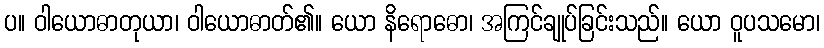
ပ။ ဝါယောဓာတုယာ၊ ဝါယောဓာတ်၏။ ယော နိရောဓော၊ အကြင်ချုပ်ခြင်းသည်။ ယော ဝူပသမော၊